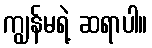
ကျွန်မရဲ့ ဆရာပါ။